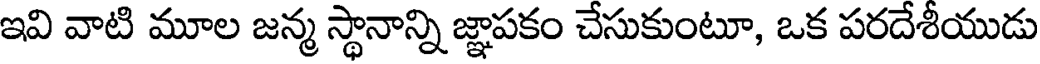
ఇవి వాటి మూల జన్మ స్థానాన్ని జ్ఞాపకం చేసుకుంటూ, ఒక పరదేశీయుడు